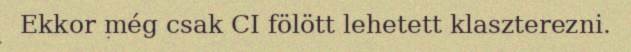
Ekkor még csak CI fölött lehetett klaszterezni.